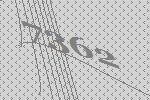
7362